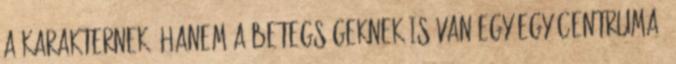
a karakternek, hanem a betegségeknek is van egy-egy centruma.